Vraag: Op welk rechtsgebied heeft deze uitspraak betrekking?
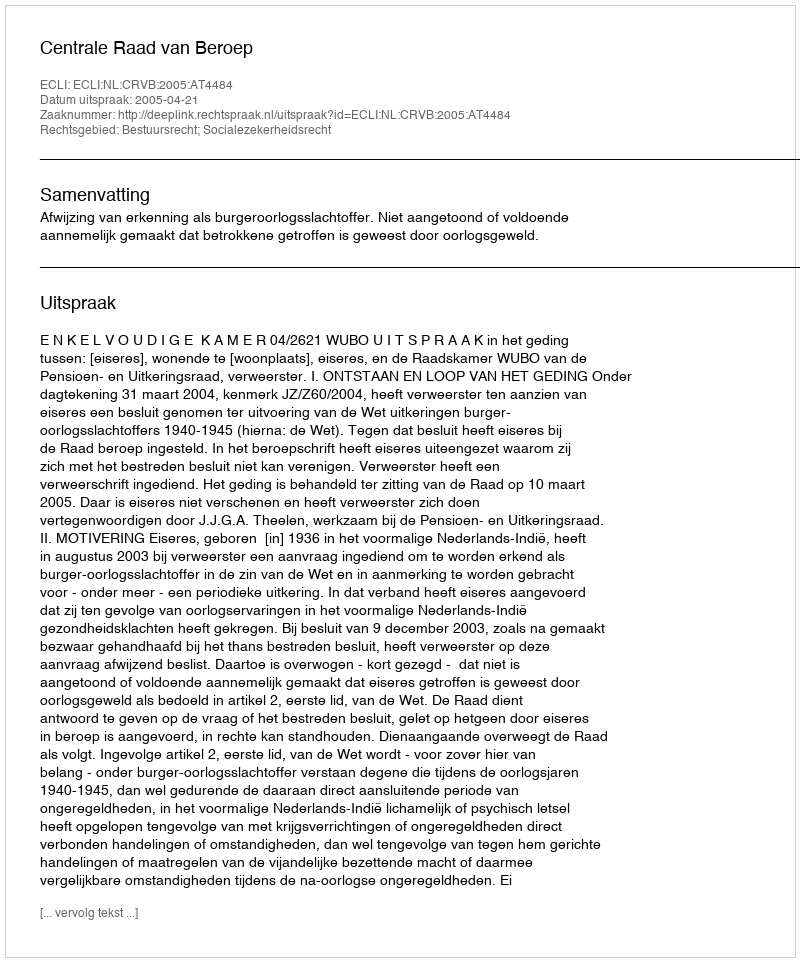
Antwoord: Bestuursrecht; Socialezekerheidsrecht